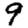
Digit: 9